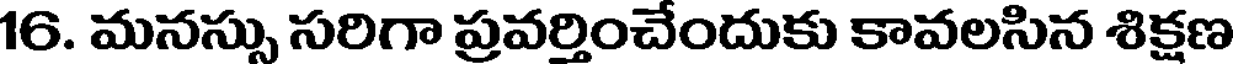
16. మనస్సు సరిగా ప్రవర్తించేందుకు కావలసిన శిక్షణ